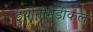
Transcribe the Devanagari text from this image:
इथोनोमेडीकल